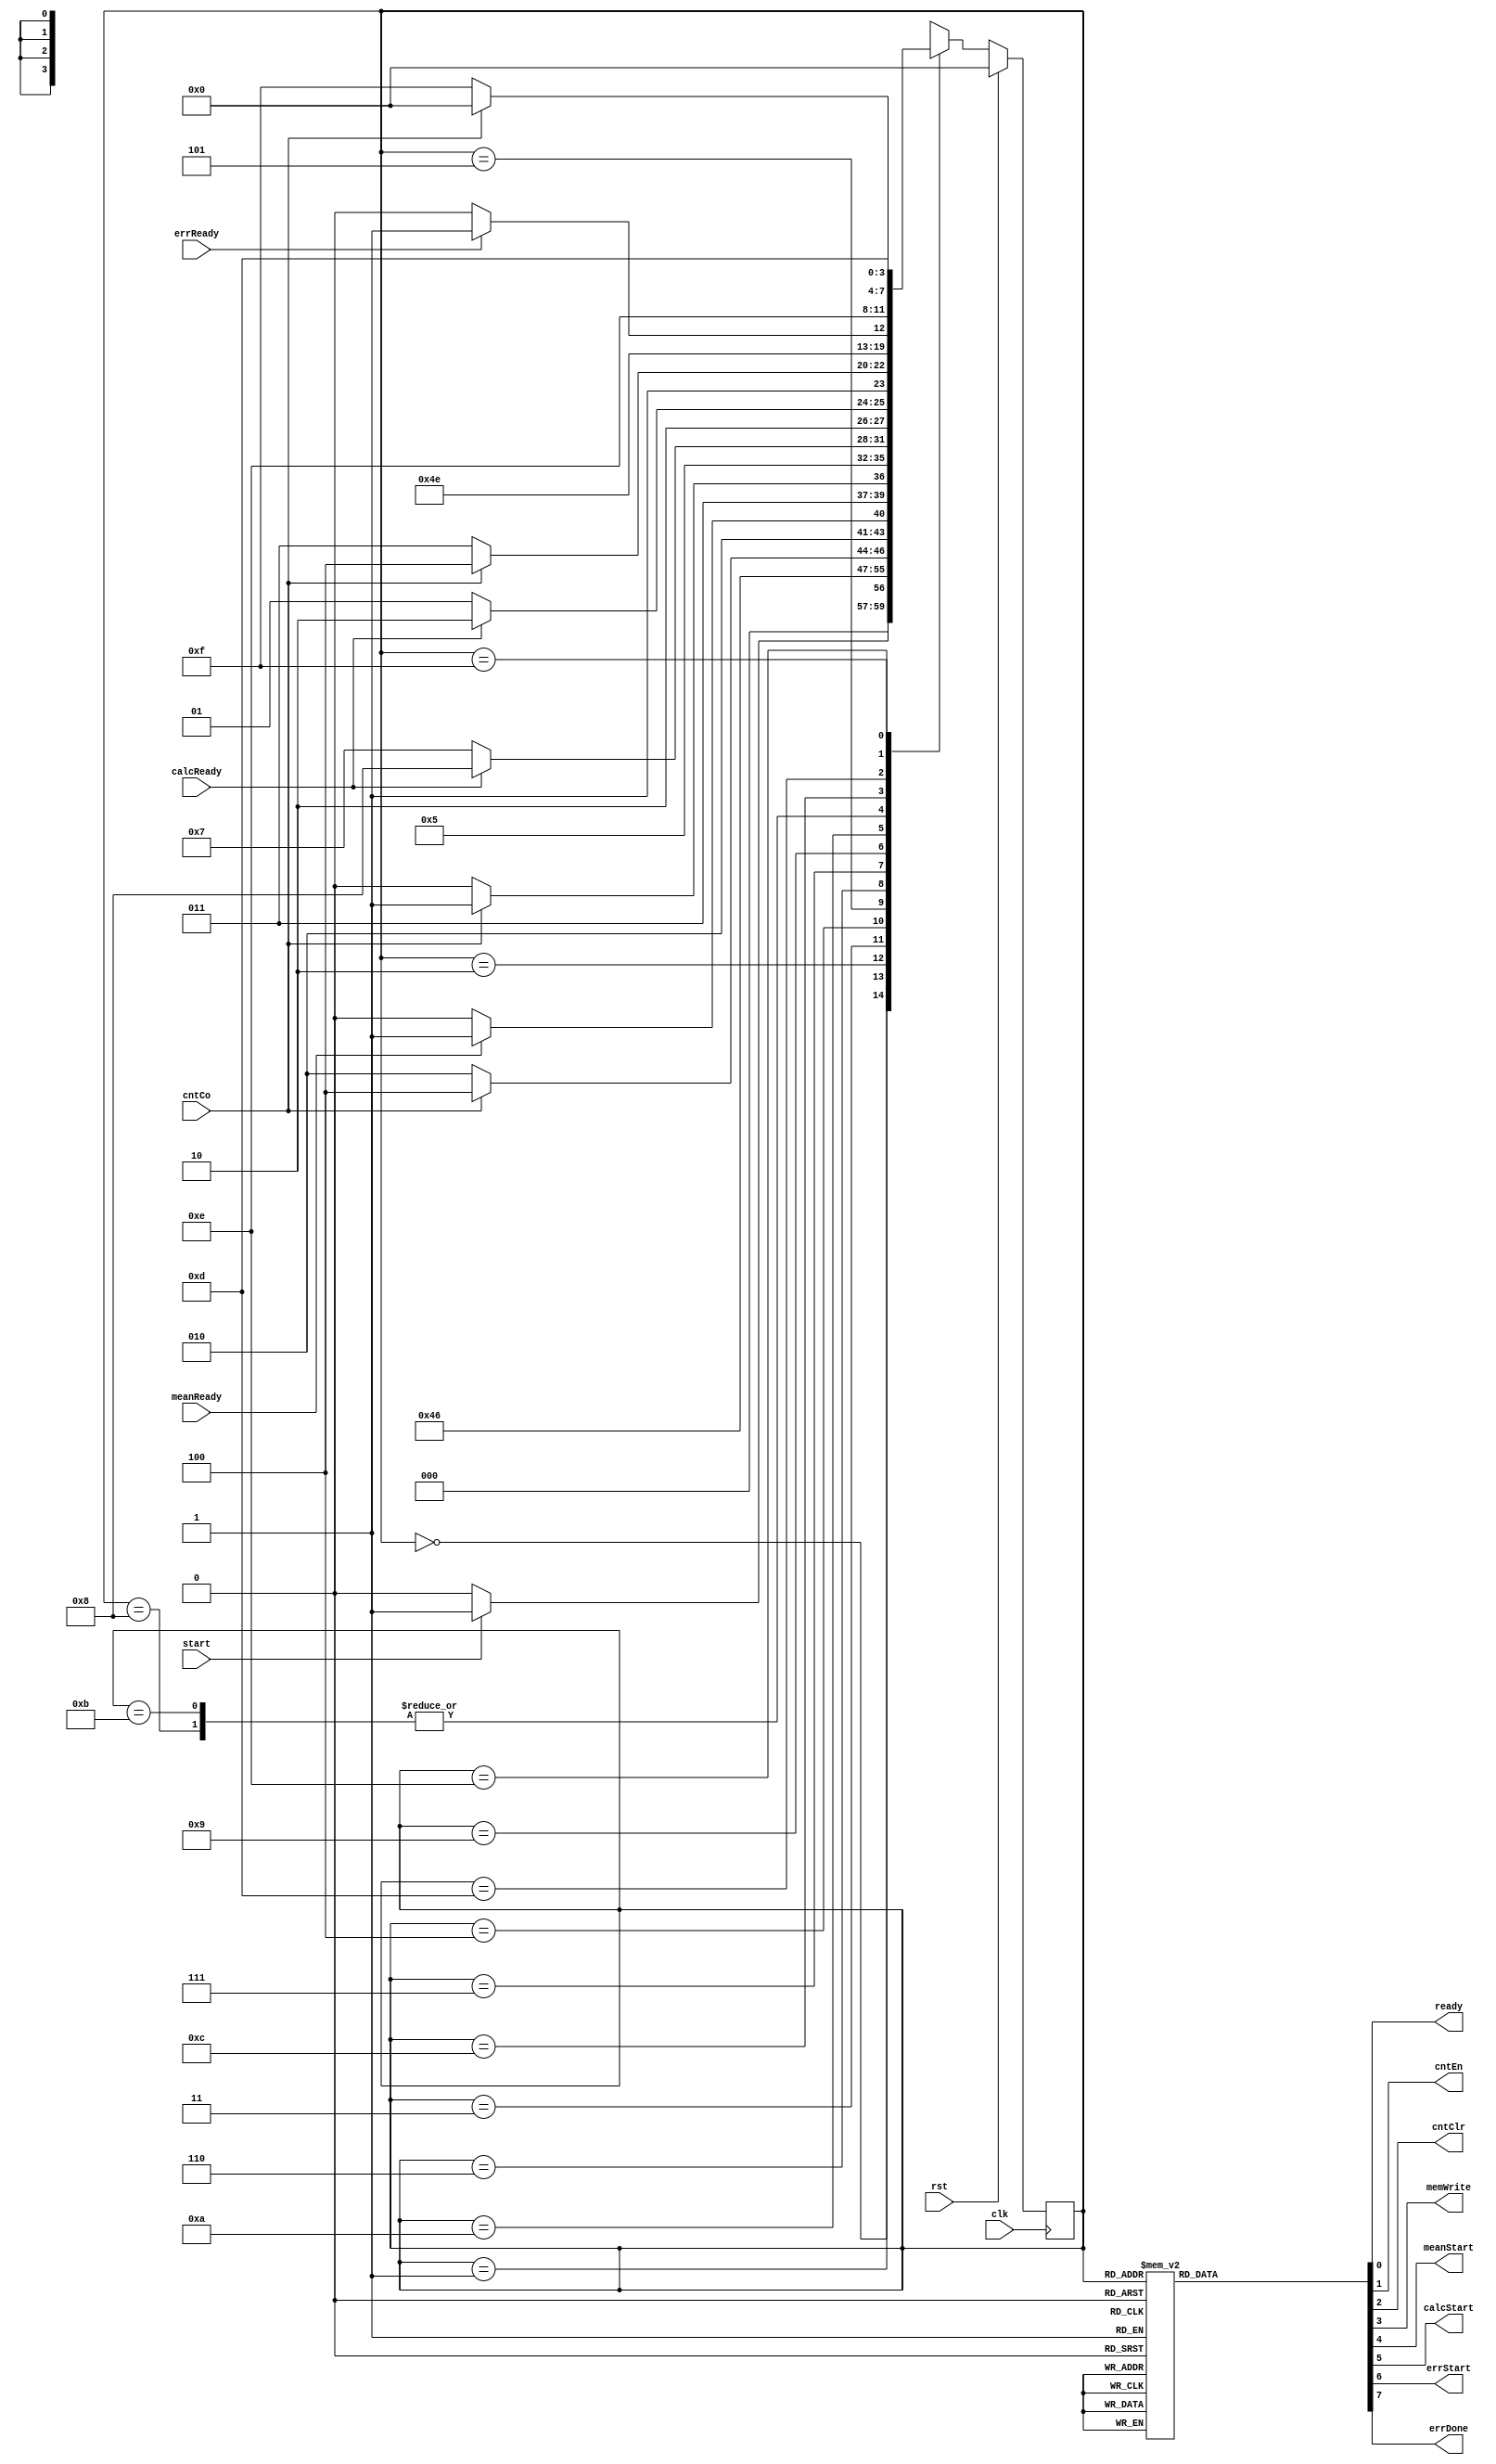
`define Idle       4'b0000
`define Init       4'b0001
`define Load       4'b0010
`define LoadCount  4'b0011
`define MeanSig    4'b0100
`define MeanSendXY 4'b0101
`define MeanWait   4'b0110
`define CalcSig    4'b0111
`define CalcSendXY 4'b1000
`define Calc       4'b1001
`define CalcCount  4'b1010
`define CalcWait   4'b1011
`define ErrSig     4'b1100
`define ErrSendXY  4'b1101
`define ErrCount   4'b1110
`define ErrWait    4'b1111

module Data_loader_controller(start, cntCo, meanReady, calcReady, errReady, clk, rst,
                              ready, cntEn, cntClr, memWrite, meanStart, calcStart, errStart, errDone);
    input start, cntCo, meanReady, calcReady, errReady, clk, rst;
    output ready, cntEn, cntClr, memWrite, meanStart, calcStart, errStart, errDone;
    reg ready, cntEn, cntClr, memWrite, meanStart, calcStart, errStart, errDone;

    reg [3:0] ps, ns;

    always @(posedge clk) begin
        if (rst)
            ps <= 4'd0;
        else
            ps <= ns;
    end

    always @(ps or start or cntCo or meanReady or calcReady or errReady) begin
        case (ps)
            `Idle:       ns = start ? `Init : `Idle;
            `Init:       ns = `Load;
            `Load:       ns = `LoadCount;
            `LoadCount:  ns = cntCo ? `MeanSig : `Load;
            `MeanSig:    ns = meanReady ? `MeanSendXY : `MeanSig;
            `MeanSendXY: ns = cntCo ? `CalcSig : `MeanWait;
            `MeanWait:   ns = `MeanSendXY;
            `CalcSig:    ns = calcReady ? `CalcSendXY : `CalcSig;
            `CalcSendXY: ns = `Calc;
            `Calc:       ns = calcReady ? `CalcCount : `Calc;
            `CalcCount:  ns = cntCo ? `ErrSig : `CalcWait;
            `CalcWait:   ns = `Calc;
            `ErrSig:     ns = errReady ? `ErrSendXY : `ErrSig;
            `ErrSendXY:  ns = `ErrCount;
            `ErrCount:   ns = cntCo ? `Idle : `ErrWait;
            `ErrWait:    ns = `ErrSendXY;
            default: ns = `Idle;
        endcase
    end

    always @(ps) begin
        {ready, cntClr, cntEn, memWrite, meanStart, calcStart, errStart, errDone} = 8'd0;
        case (ps)
            `Idle:;
            `Init: {ready, cntClr} = 2'b11;
            `Load: memWrite = 1'b1;
            `LoadCount: cntEn = 1'b1;
            `MeanSig: {cntClr, meanStart} = 2'b11;
            `MeanSendXY: cntEn = 1'b1;
            `MeanWait:;
            `CalcSig: {cntClr, calcStart} = 2'b11;
            `CalcSendXY:;
            `Calc:;
            `CalcCount: cntEn = 1'b1;
            `CalcWait:;
            `ErrSig: {cntClr, errStart} = 2'b11;
            `ErrSendXY:;
            `ErrCount: {cntEn, errDone} = 2'b11;
            `ErrWait:;
            default:;
        endcase
    end
endmodule